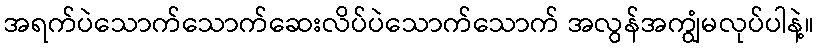
အရက်ပဲသောက်သောက်ဆေးလိပ်ပဲသောက်သောက် အလွန်အကျွံမလုပ်ပါနဲ့။